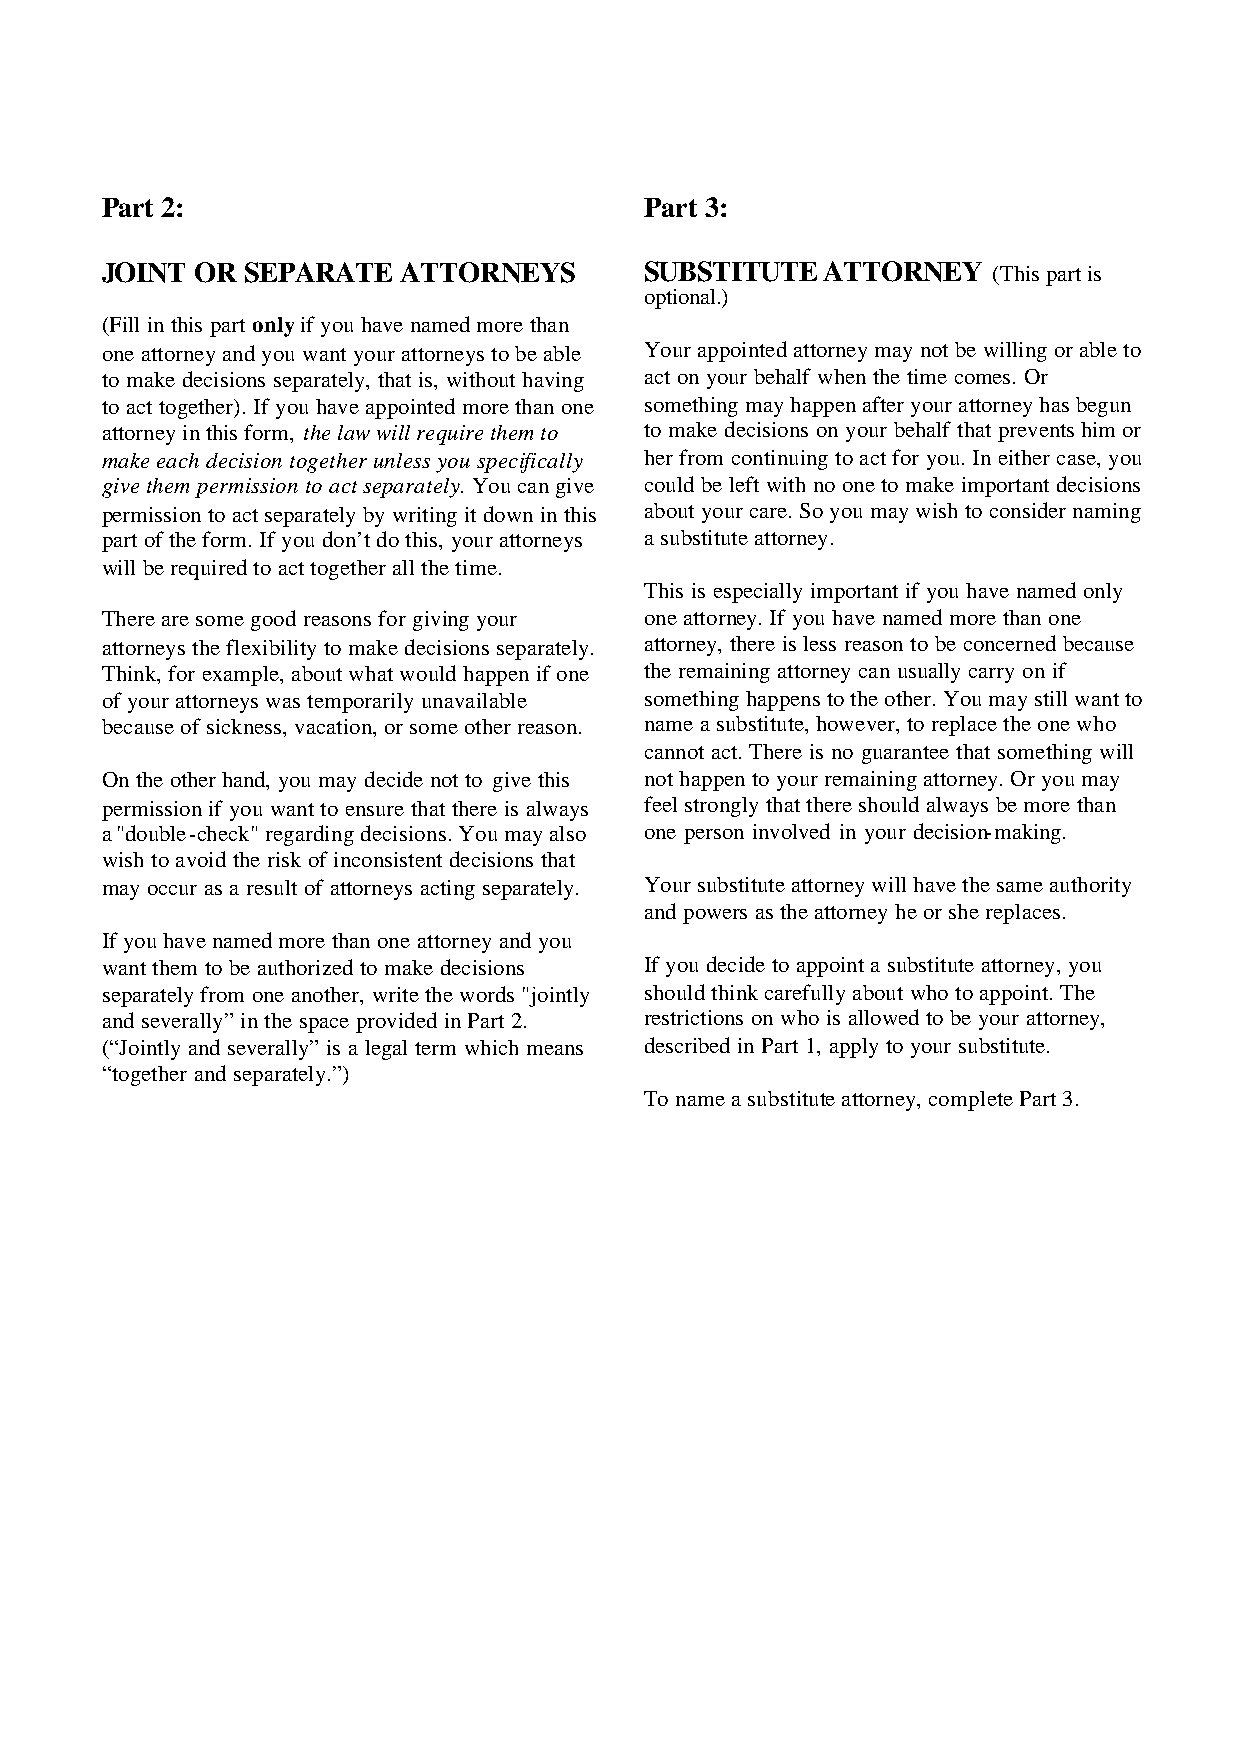
Part 2:                             Part 3:
 JOINT OR SEPARATE   ATTORNEYS       SUBSTITUTE  ATTORNEY   (This part is
 optional.)
 (Fill in this part only if you have named more than
 one attorney and you want your attorneys to be able Your appointed attorney may not be willing or able to
 to make decisions separately, that is, without having act on your behalf when the time comes. Or
 to act together). If you have appointed more than one something may happen after your attorney has begun
 attorney in this form, the law will require them to to make decisions on your behalf that prevents him or
 make each decision together unless you specifically her from continuing to act for you. In either case, you
 give them permission to act separately. You can give could be left with no one to make important decisions
 permission to act separately by writing it down in this about your care. So you may wish to consider naming
 part of the form. If you don’t do this, your attorneys a substitute attorney.
 will be required to act together all the time.
 This is especially important if you have named only
 There are some good reasons for giving your one attorney. If you have named more than one
 attorneys the flexibility to make decisions separately. attorney, there is less reason to be concerned because
 Think, for example, about what would happen if one the remaining attorney can usually carry on if
 of your attorneys was temporarily unavailable something happens to the other. You may still want to
 because of sickness, vacation, or some other reason. name a substitute, however, to replace the one who
 cannot act. There is no guarantee that something will
 On the other hand, you may decide not to give this not happen to your remaining attorney. Or you may
 permission if you want to ensure that there is always feel strongly that there should always be more than
 a "double -check" regarding decisions. You may also one person involved in your decision-making.
 wish to avoid the risk of inconsistent decisions that
 may occur as a result of attorneys acting separately. Your substitute attorney will have the same authority
 and powers as the attorney he or she replaces.
 If you have named more than one attorney and you
 want them to be authorized to make decisions If you decide to appoint a substitute attorney, you
 separately from one another, write the words "jointly should think carefully about who to appoint. The
 and severally” in the space provided in Part 2. restrictions on who is allowed to be your attorney,
 (“Jointly and severally” is a legal term which means described in Part 1, apply to your substitute.
 “together and separately.”)
 To name a substitute attorney, complete Part 3.